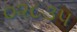
૦૨૮૩૫